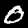
Label: 0